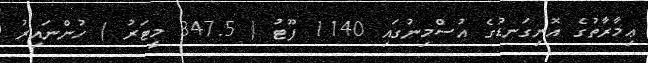
ޢިމާރާތުގެ އޮނިގަނޑުގެ އުސްމިނުގައި 1140 ފޫޓު ( 347.5 މީޓަރު ) ހުންނައިރު